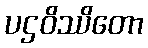
ပဌဝိဿိတော